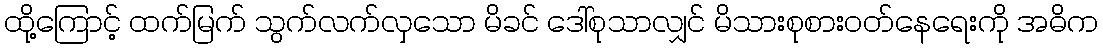
ထို့ကြောင့် ထက်မြက် သွက်လက်လှသော မိခင် ဒေါ်စုသာလျှင် မိသားစုစားဝတ်နေရေးကို အဓိက